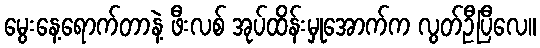
မွေးနေ့ရောက်တာနဲ့ ဖီးလစ် အုပ်ထိန်းမှုအောက်က လွတ်ဦပြီလေ။